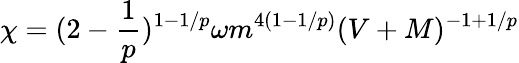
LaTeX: \chi=(2-\frac{1}{p})^{1-1/p}\omega m^{4(1-1/p)}(V+M)^{-1+1/p}